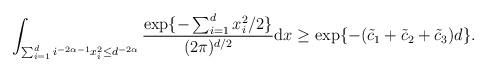
LaTeX: \begin{align*}\int_{\sum_{i=1}^{d}i^{-2\alpha-1}x_{i}^{2} \leq d^{-2\alpha} }\frac{\exp\{ - \sum_{i=1}^{d}x_{i}^{2} / 2\}}{(2\pi)^{d/2}}\mathrm{d}x\geq\exp\{-(\tilde{c}_{1}+\tilde{c}_{2}+\tilde{c}_{3})d\}.\end{align*}